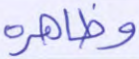
وظاهره